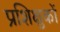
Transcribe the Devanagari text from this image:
प्रशिक्षुकों